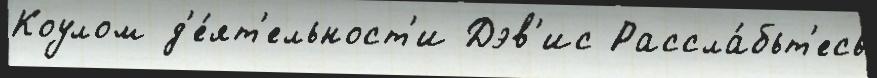
Коулом д'е́ят'ельност'и Дэв'ис Рассла́бьт'есь